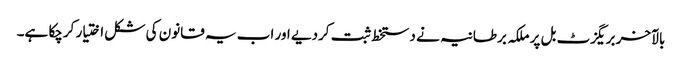
بالآخر بریگزٹ بل پر ملکہ برطانیہ نے دستخط ثبت کردیے اور اب یہ قانون کی شکل اختیار کرچکا ہے۔